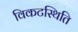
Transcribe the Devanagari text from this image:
विकटस्थिति